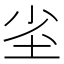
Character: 𭎇